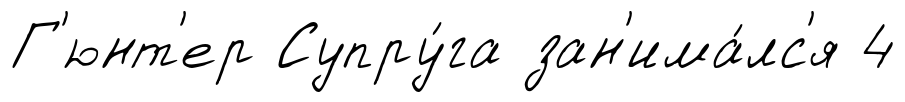
Г'юнт'ер Супру́га зан'има́лс'я 4